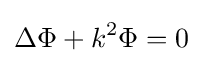
\Delta \Phi +k^{2}\Phi =0